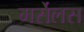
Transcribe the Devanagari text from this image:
मर्सेलस